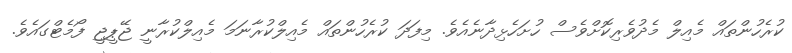
ކުރެހުންތައް މެއިލް މެދުވެރިކޮށްވެސް ހުށަހެޅިދާނެއެވެ. މިފަދަ ކުރެހުންތައް މެއިލްކުރާނަމަ މެއިލްކުރާނީ ޖޭޕީޖީ ފޯމެޓްގައެވެ.